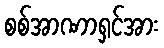
စစ်အာဏာရှင်အား